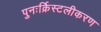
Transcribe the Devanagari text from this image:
पुनःर्क्रिस्टलीकरण